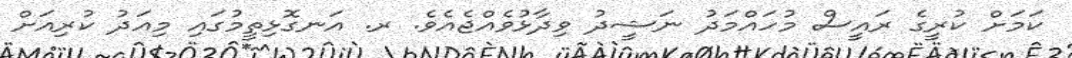
ކަމަށް ކުރީގެ ރައީސް މުހައްމަދު ނަޝީދު ވިދާޅުވެއްޖެއެވެ. ރ. އަނގޮޅިތީމުގައި މިއަދު ކުރިއަށް